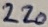
Text: 220